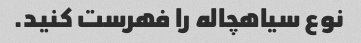
نوع سیاهچاله را فهرست کنید.